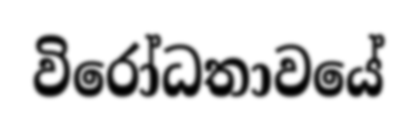
විරෝධතාවයේ